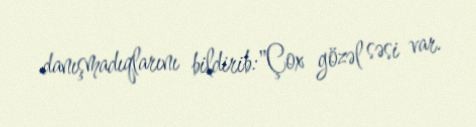
danışmadıqlarını bildirib:"Çox gözəl səsi var.